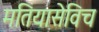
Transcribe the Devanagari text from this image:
मतियासेविच